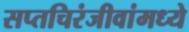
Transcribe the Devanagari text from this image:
सप्तचिरंजीवांमध्ये